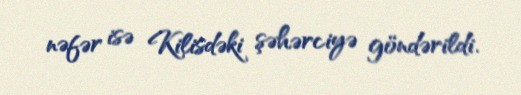
nəfər isə Kilisdəki şəhərciyə göndərildi.